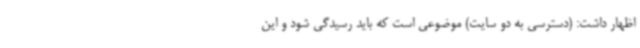
اظهار داشت: (دسترسی به دو سایت) موضوعی است که باید رسیدگی شود و این